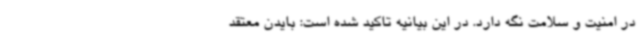
در امنیت و سلامت نگه دارد. در این بیانیه تاکید شده است: بایدن معتقد